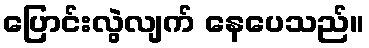
ပြောင်းလွဲလျက် နေပေသည်။